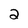
Character: 2